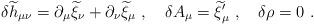
LaTeX: \begin{align*}\delta {\widetilde h}_{\mu\nu}=\partial_\mu{\widetilde \xi}_\nu + \partial_\nu {\widetilde \xi}_\mu~,~~~ \delta A_\mu={\widetilde\xi}_\mu^\prime~,~~~\delta\rho=0~.\end{align*}